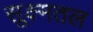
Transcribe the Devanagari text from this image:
सूक्ष्मतल